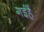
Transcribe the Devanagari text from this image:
गईहैं